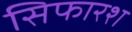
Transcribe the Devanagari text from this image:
सिफारश